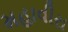
મહાવીરા